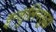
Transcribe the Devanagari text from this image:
इन्शुलिनसुद्धा